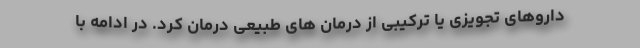
داروهای تجویزی یا ترکیبی از درمان های طبیعی درمان کرد. در ادامه با